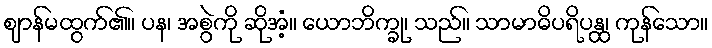
ဈာန်မထွက်၏။ ပန၊ အစွဲကို ဆိုအံ့။ ယောဘိက္ခု၊ သည်။ သာမာဓိပရိပန္ထ၊ ကုန်သော။